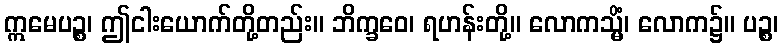
ဣမေပဉ္စ၊ ဤငါးယောက်တို့တည်း။ ဘိက္ခဝေ၊ ရဟန်းတို့။ လောကသ္မိံ၊ လောက၌။ ပဉ္စ၊